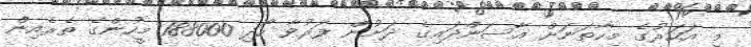
މި އަހަރުގެ މިހާތަނަށް އާސަންދައިގެ ދަށުން ފަރުވާ ހޯދި 188000 މީހުންގެ ތެރެއިން